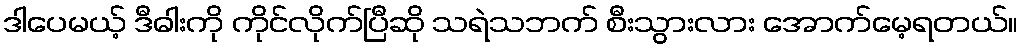
ဒါပေမယ့် ဒီဓါးကို ကိုင်လိုက်ပြီဆို သရဲသဘက် စီးသွားလား အောက်မေ့ရတယ်။